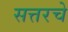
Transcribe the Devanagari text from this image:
सत्तरचे